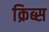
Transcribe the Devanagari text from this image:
क्रिब्स